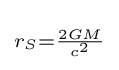
\scriptstyle r_{S}={\frac {2GM}{c^{2}}}